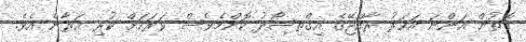
ގޮތުން އަންނަ އަހަރު ރާއްޖޭގެ އިގްތިސޯދު ކޮންމެވެސް ވަރަކަށް ކުރި އަރާނެ އެވެ.